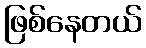
ဖြစ်နေတယ်